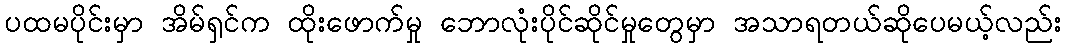
ပထမပိုင်းမှာ အိမ်ရှင်က ထိုးဖောက်မှု ဘောလုံးပိုင်ဆိုင်မှုတွေမှာ အသာရတယ်ဆိုပေမယ့်လည်း